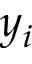
y _ { i }